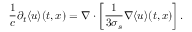
\frac { 1 } { c } \partial _ { t } \langle { u } \rangle ( t , x ) = \nabla \cdot \left[ \frac { 1 } { 3 \sigma _ { s } } \nabla \langle { u } \rangle ( t , x ) \right] .